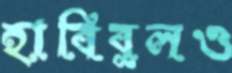
হাবিবুলও